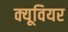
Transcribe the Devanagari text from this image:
क्यूवियर